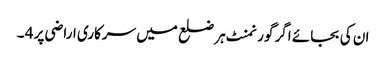
ان کی بجائے اگر گورنمنٹ ہر ضلع میں سرکاری اراضی پر 4 ۔